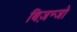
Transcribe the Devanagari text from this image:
बिज़न्जो